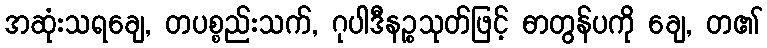
အဆုံးသရချေ, တပစ္စည်းသက်, ဂုပါဒီနဉ္စသုတ်ဖြင့် ဓာတွန်ပကို ချေ, တ၏